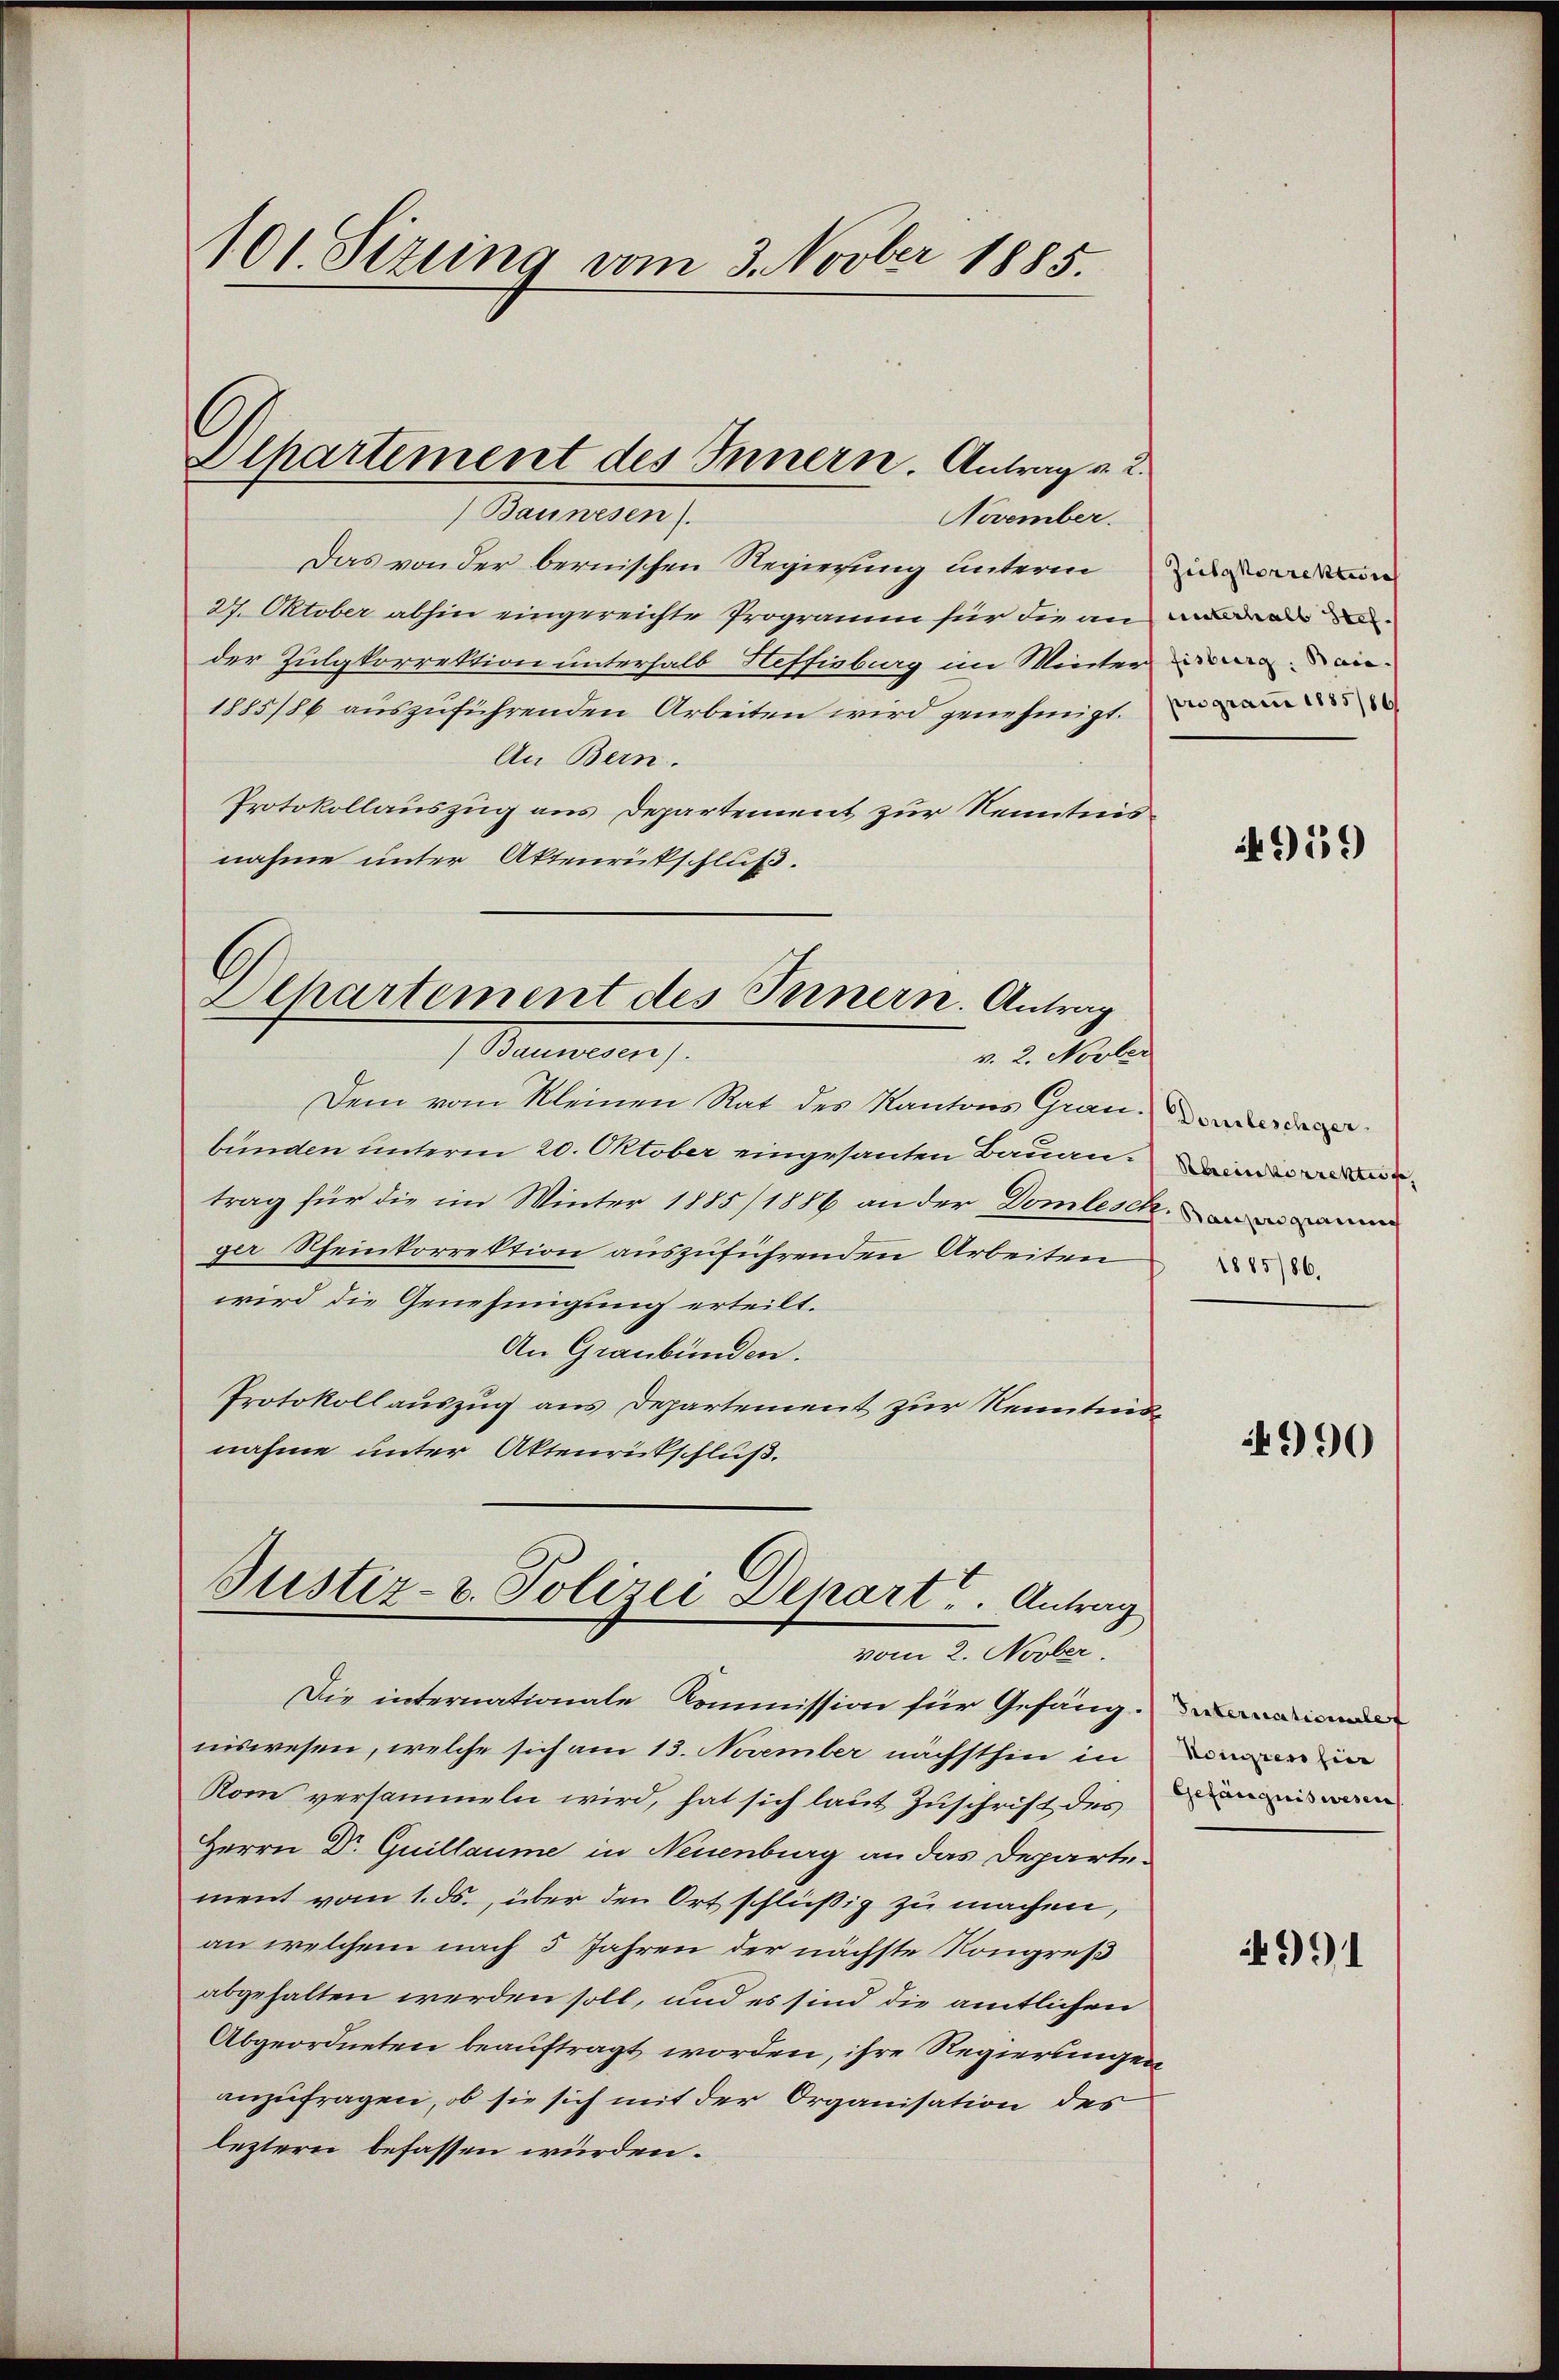
101 Sizung vom 3. Novber 1885.

Dlpartement des Innern. Antrag u. 2.
Baunesen.

November.
Das von der bernischen Regierung unterm inn
27. Oktober abhin eingereichte Programm für die an
der Zulgkorrektion unterhalb Heffisburg im Winter den
1885/86 aŭszŭführenden Arbeiten wird genehmigt.
An Bern.
Protokollauszug aus Departement zur Kenntnisnahme unter Aktenrückschluß.

Departement des Innern. Antrag
Mauerlesen.
v. 2. Novber

Dem vom Kleinen Rat des Kantons Granden
bunden unterm 20. Oktober eingesanten Bauen. Di
trag für die im Winter 1885/1886 an der Domlesch
ger Scheinkorrektion auszuführenden Arbeiten
wird die Genehmigung erteilt.
An Graubünden.
Protokoll auszug aus Departement zur Kenntnis
nahme unter Aktenrickschluß.

Justiz- u. Polizei Depart. Antrag
vom 2. Novber.

Die internationale Kommission für Gefängn
niswesen, welche sich am 13. November nächsthin in
Rom versammeln wird, hat sich laut Zuschrift des in man
Herrn Dr. Guillaume in Neuenburg an das Departement vom 1. ds., über den Ort schlüßig zu machen,
an welchem nach 5 Jahren der nächste Kongreß
abgehalten werden soll, und es sind die amtlichen
Abgeordneten beauftragt worden, ihre Regierungen
anzufragen, ob sie sich mit der Organisation des
leztern befassen würden.

959)

1885/86.

4990

Nouren hier

4991